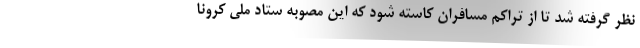
نظر گرفته شد تا از تراکم مسافران کاسته شود که این مصوبه ستاد ملی کرونا